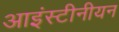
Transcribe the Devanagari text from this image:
आइंस्टीनीयन